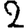
Digit: 2